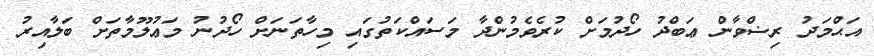
އަޙްމަދު ރިޟްވާން ޢަބްދު ހޯދުމަށް ކުރެވެމުންދާ މަސައްކަތުގައި މިހާތަނަށް ހޯދުނު މަޢުލޫމާތަށް ބަލާއިރު